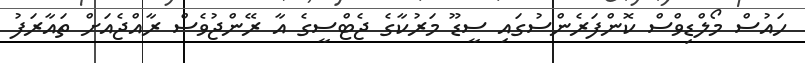
ހައުސް މޯލްޑިވްސް ކޮންފަރެންސުގައި ސީޑޫ މަރުކާގެ ޖެޓްސީގެ އާ ރޭންޖުވެސް ރާއްޖެއަށް ތައާރަފު